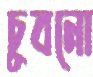
চুবনো